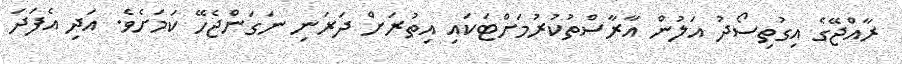
ރާއްޖޭގެ އިގުތިސޯދު އަލުން އާރާސްތުކުރުމަށްޓަކައި އިތުރަށް ދަރަނި ނަގަންޖެހޭ ކަމަށެވެ. އަދި އެފަދަ